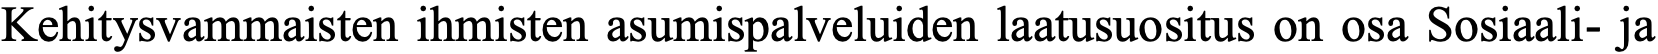
Kehitysvammaisten ihmisten asumispalveluiden laatusuositus on osa Sosiaali- ja